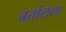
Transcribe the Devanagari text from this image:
बर्तालाप